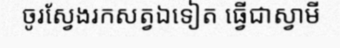
ចូរស្វែងរកសត្វឯទៀត ធ្វើជាស្វាមី